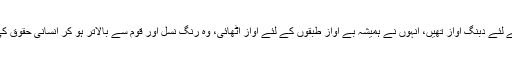
سینیٹر جاوید عباسی نے کہا کہ عاصمہ جہانگیر انسانی حقوق اور غریبوں کی داد رسی کے لئے دبنگ آواز تھیں، انہوں نے ہمیشہ بے آواز طبقوں کے لئے آواز اٹھائی، وہ رنگ نسل اور قوم سے بالاتر ہو کر انسانی حقوق کی خلاوف ورزی پر آواز اٹھاتی تھیں، اللہ تعالیٰ ان کو جنت کے اعلیٰ درجات عطا فرمائے۔